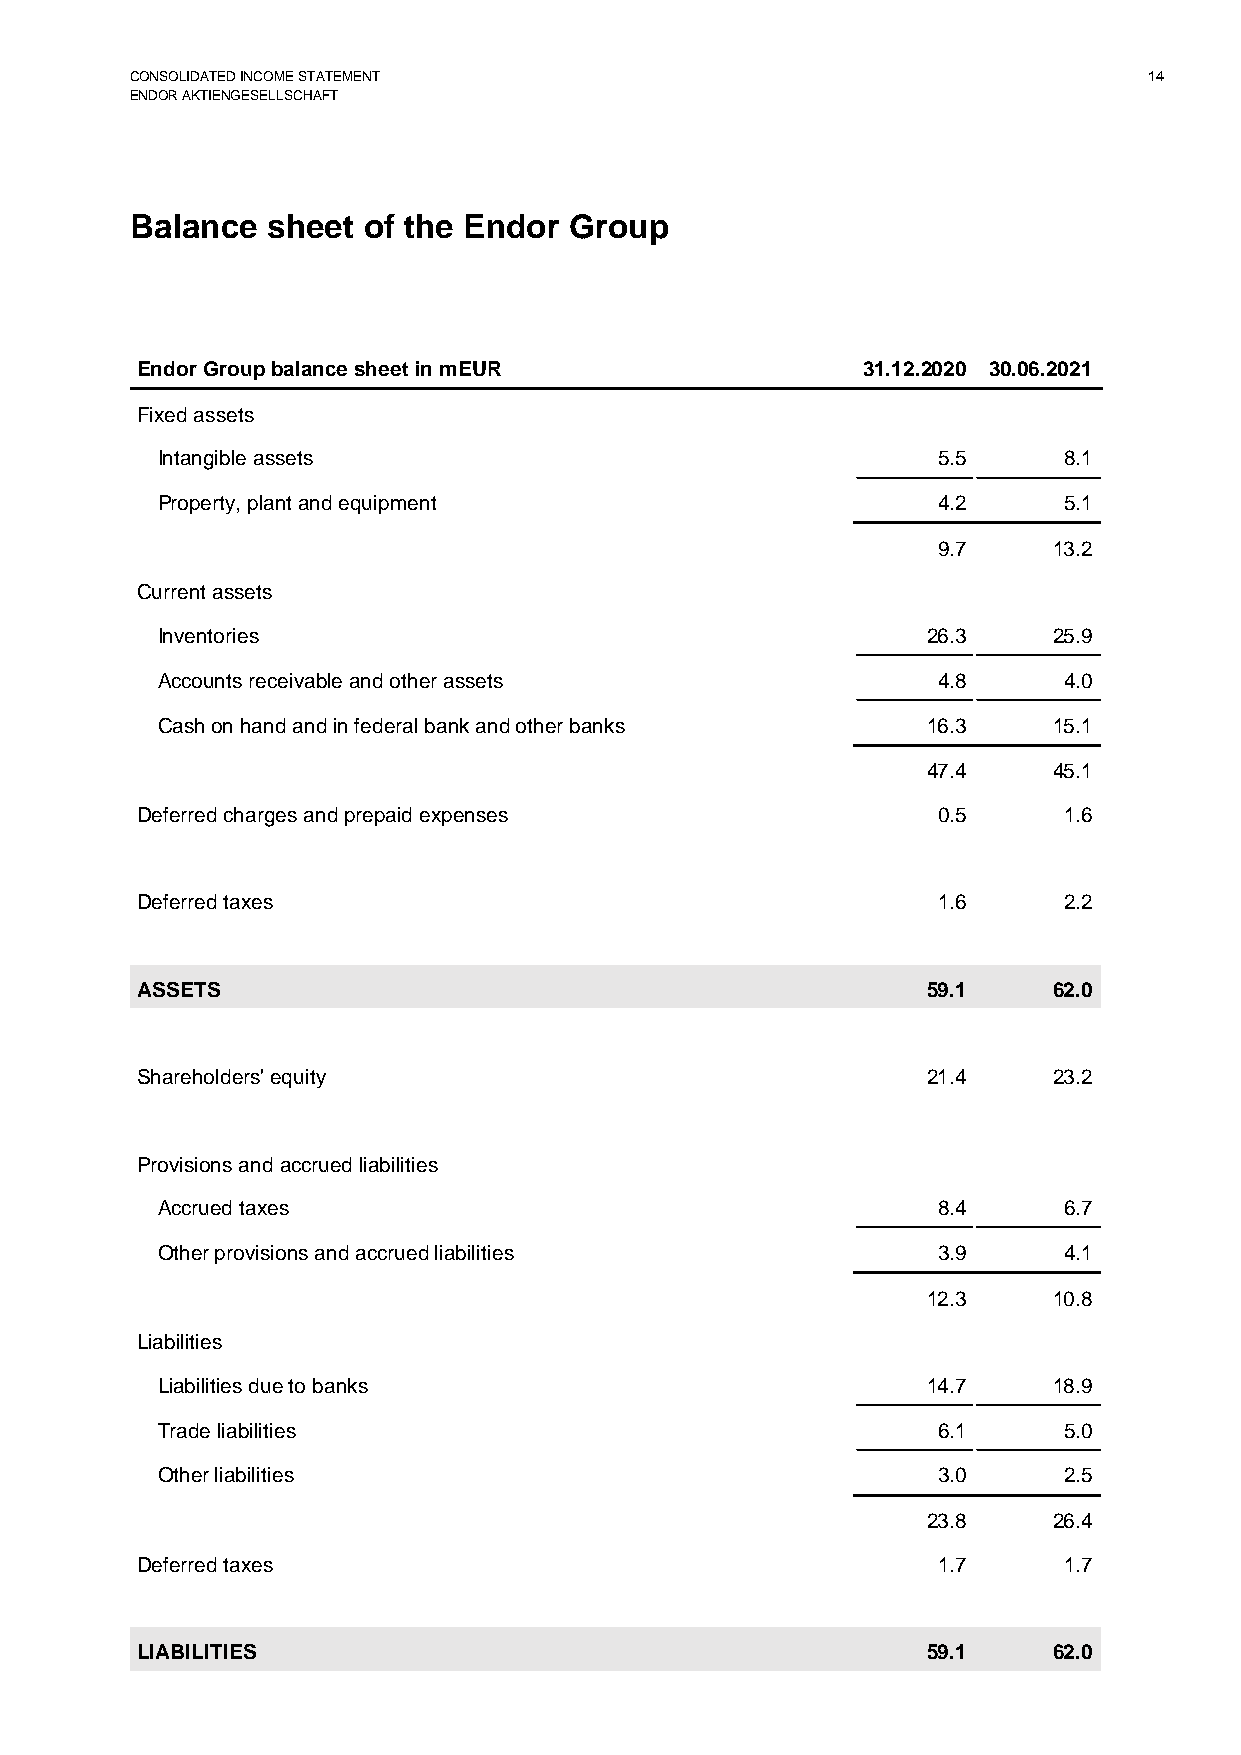
CONSOLIDATED INCOME STATEMENT                                      14
 ENDOR AKTIENGESELLSCHAFT
 Balance  sheet of the Endor  Group
 Endor Group balance sheet in mEUR               31.12.2020 30.06.2021
 Fixed assets
 Intangible assets                                   5.5     8.1
 Property, plant and equipment                       4.2     5.1
 9.7     13.2
 Current assets
 Inventories                                        26.3     25.9
 Accounts receivable and other assets                4.8     4.0
 Cash on hand and in federal bank and other banks   16.3     15.1
 47.4     45.1
 Deferred charges and prepaid expenses                0.5     1.6
 Deferred taxes                                       1.6     2.2
 ASSETS                                              59.1     62.0
 Shareholders' equity                                21.4     23.2
 Provisions and accrued liabilities
 Accrued taxes                                       8.4     6.7
 Other provisions and accrued liabilities            3.9     4.1
 12.3     10.8
 Liabilities
 Liabilities due to banks                           14.7     18.9
 Trade liabilities                                   6.1     5.0
 Other liabilities                                   3.0     2.5
 23.8     26.4
 Deferred taxes                                       1.7     1.7
 LIABILITIES                                         59.1     62.0